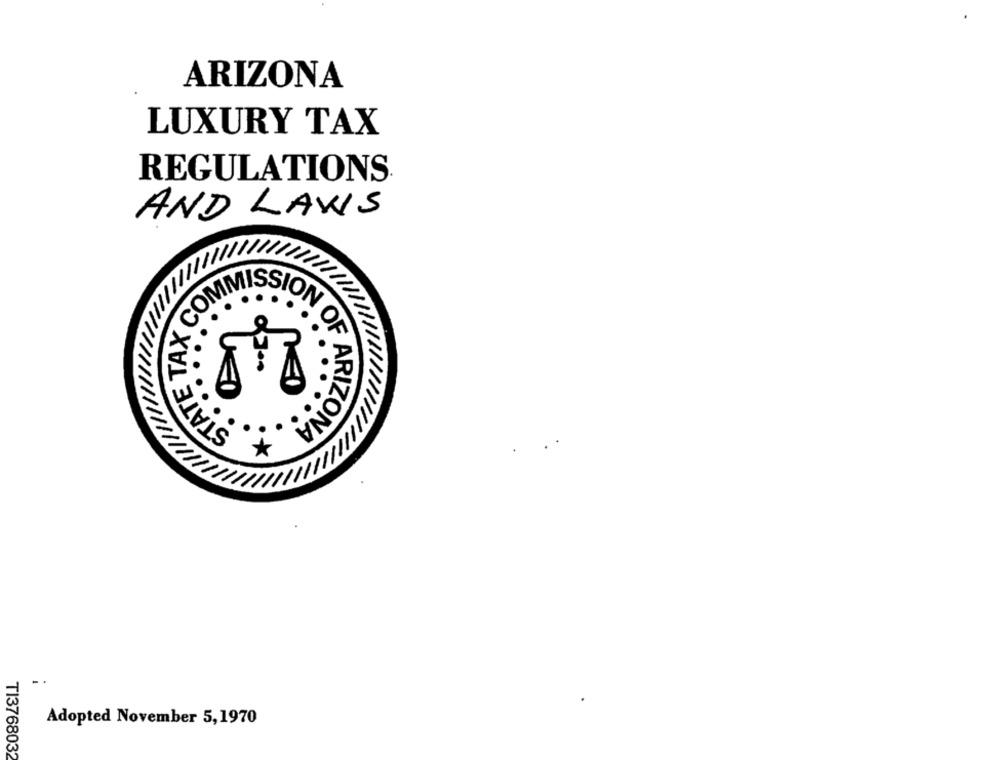
ARIZONA
LUXURY TAX
REGULATIONS
AND LAWS
ON
Adopted November 5,1970
TI3768032